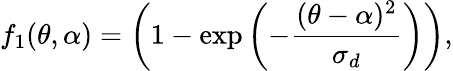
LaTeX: f_{1}(\theta,\alpha)=\left(1-\exp{\left(-\frac{(\theta-\alpha)^{2}}{\sigma_{d}}\right)}\right),